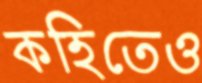
কহিতেও